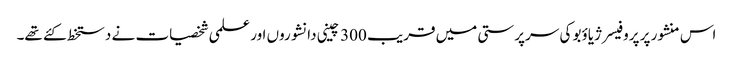
اس منشور پر پروفیسر ژیاؤبو کی سرپرستی میں قریب 300 چینی دانشوروں اور علمی شخصیات نے دستخط کئے تھے۔